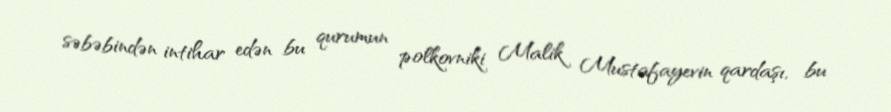
səbəbindən intihar edən bu qurumun polkovniki Malik Mustafayevin qardaşı, bu